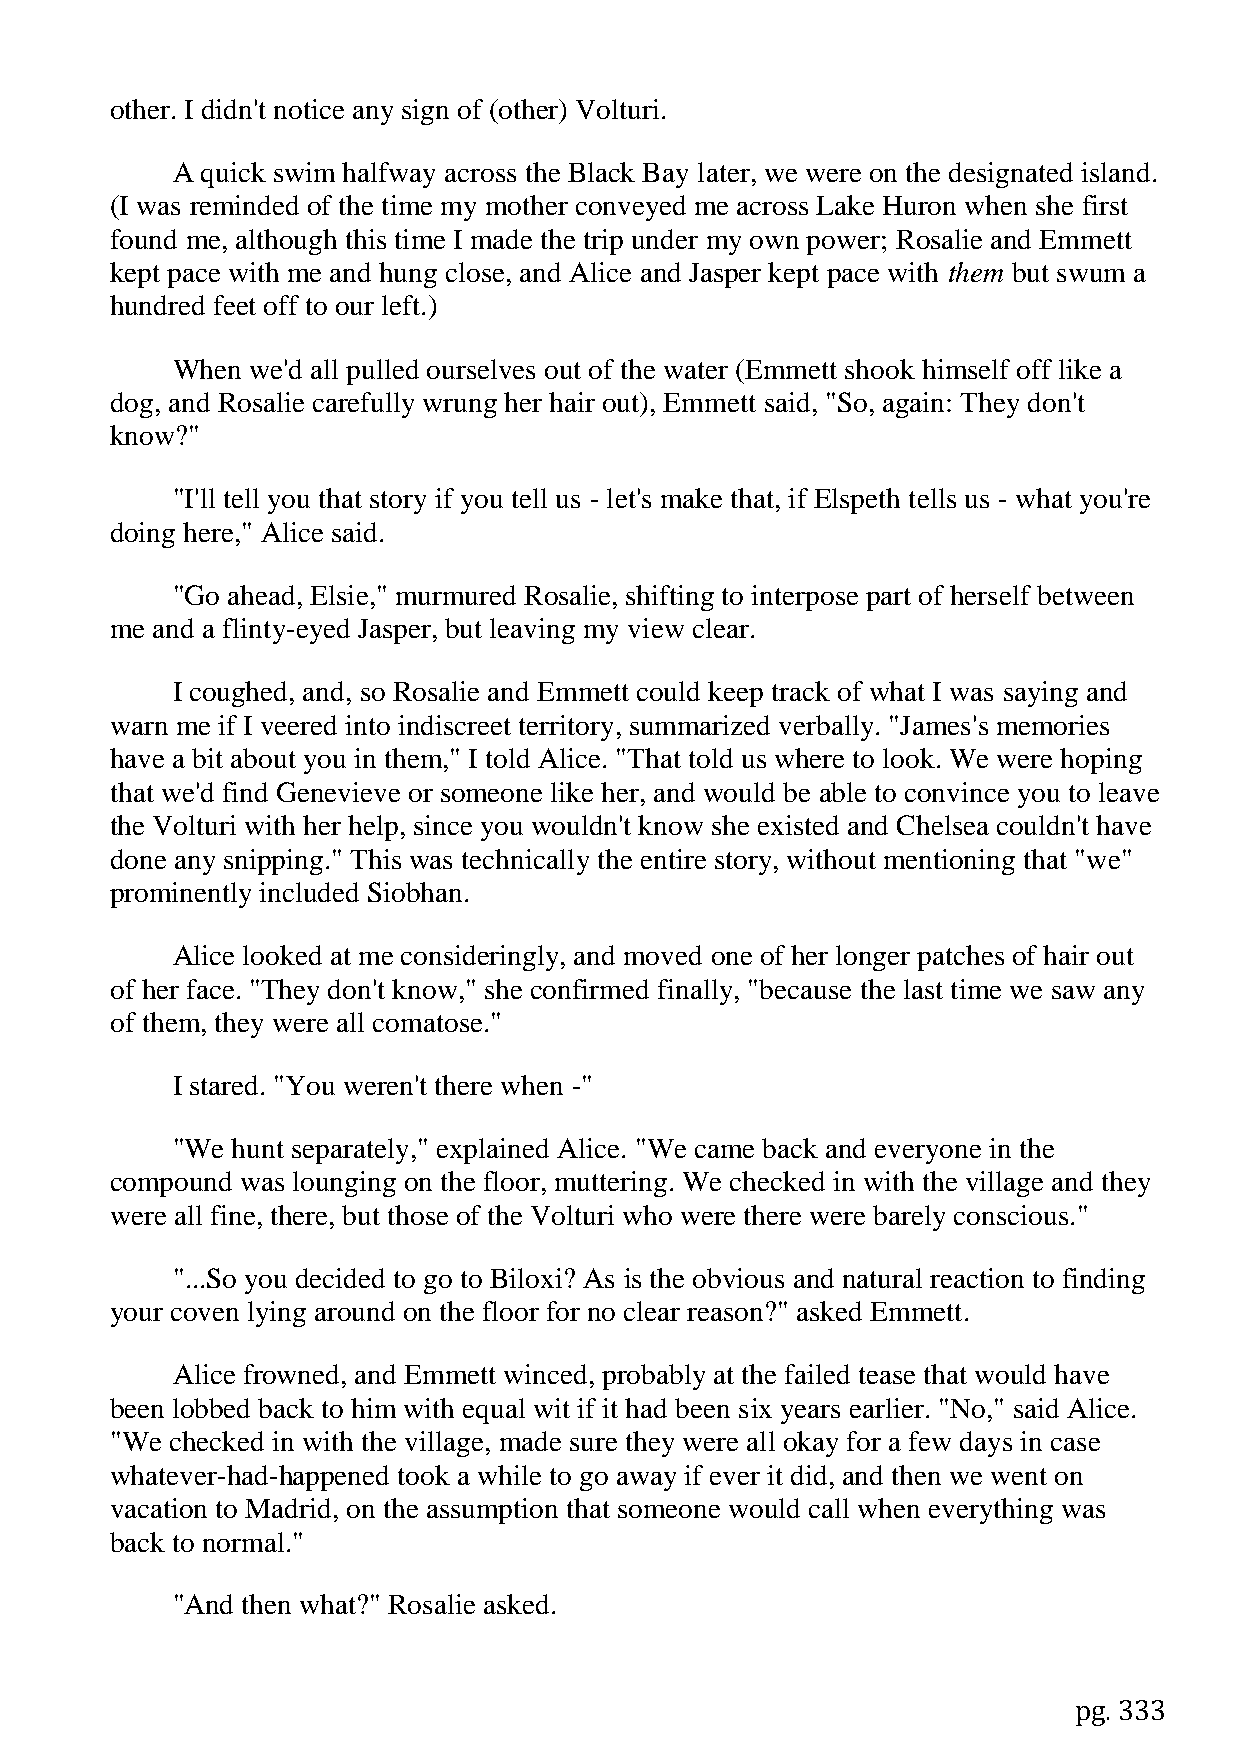
other. I didn't notice any sign of (other) Volturi.
 A quick swim halfway across the Black Bay later, we were on the designated island.
 (I was reminded of the time my mother conveyed me across Lake Huron when she first
 found me, although this time I made the trip under my own power; Rosalie and Emmett
 kept pace with me and hung close, and Alice and Jasper kept pace with them but swum a
 hundred feet off to our left.)
 When  we'd all pulled ourselves out of the water (Emmett shook himself off like a
 dog, and Rosalie carefully wrung her hair out), Emmett said, "So, again: They don't
 know?"
 "I'll tell you that story if you tell us - let's make that, if Elspeth tells us - what you're
 doing here," Alice said.
 "Go ahead, Elsie," murmured Rosalie, shifting to interpose part of herself between
 me and a flinty-eyed Jasper, but leaving my view clear.
 I coughed, and, so Rosalie and Emmett could keep track of what I was saying and
 warn me if I veered into indiscreet territory, summarized verbally. "James's memories
 have a bit about you in them," I told Alice. "That told us where to look. We were hoping
 that we'd find Genevieve or someone like her, and would be able to convince you to leave
 the Volturi with her help, since you wouldn't know she existed and Chelsea couldn't have
 done any snipping." This was technically the entire story, without mentioning that "we"
 prominently included Siobhan.
 Alice looked at me consideringly, and moved one of her longer patches of hair out
 of her face. "They don't know," she confirmed finally, "because the last time we saw any
 of them, they were all comatose."
 I stared. "You weren't there when -"
 "We hunt separately," explained Alice. "We came back and everyone in the
 compound was lounging on the floor, muttering. We checked in with the village and they
 were all fine, there, but those of the Volturi who were there were barely conscious."
 "...So you decided to go to Biloxi? As is the obvious and natural reaction to finding
 your coven lying around on the floor for no clear reason?" asked Emmett.
 Alice frowned, and Emmett winced, probably at the failed tease that would have
 been lobbed back to him with equal wit if it had been six years earlier. "No," said Alice.
 "We checked in with the village, made sure they were all okay for a few days in case
 whatever-had-happened took a while to go away if ever it did, and then we went on
 vacation to Madrid, on the assumption that someone would call when everything was
 back to normal."
 "And then what?" Rosalie asked.
 pg. 333